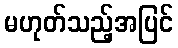
မဟုတ်သည့်အပြင်